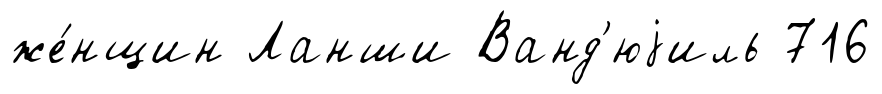
же́нщин Ланши Ванд'юjиль 716